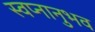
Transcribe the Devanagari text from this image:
स्वप्नानुभव